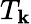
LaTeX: T_{\mathbf{k}}